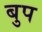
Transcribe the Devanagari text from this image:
बुप